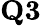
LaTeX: \textbf{Q3}